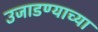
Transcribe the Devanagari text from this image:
उजाडण्याच्या